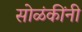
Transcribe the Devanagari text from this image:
सोळंकींनी